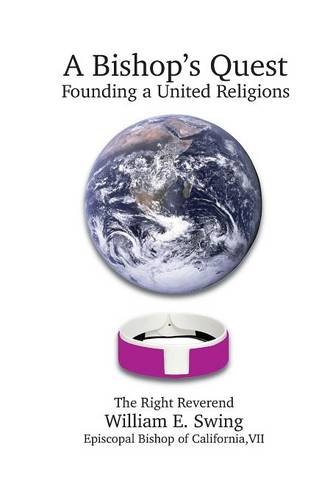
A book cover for A Bishop's Quest; William E. Swing; Christian Books & Bibles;